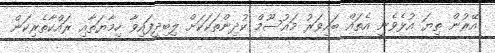
އޭރުން ތިޔަ އުޅެވެނީ އެތައް ބައިވަރު މައުސޫމް ކުދިންތަކަކަށް ލިބިދީފައިވާ ހިމާޔަތާއި ރައްކާތެރިކަން